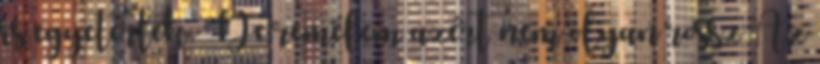
is egyetértek. De remélem azért nem olyan rossz Az